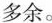
多余。